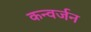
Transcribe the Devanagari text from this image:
कन्वर्जन